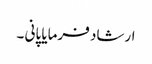
ارشاد فرمایا پانی ۔